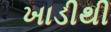
ખાડીથી